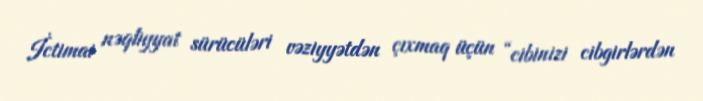
İctimai nəqliyyat sürücüləri vəziyyətdən çıxmaq üçün “cibinizi cibgirlərdən